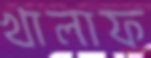
খালাফ